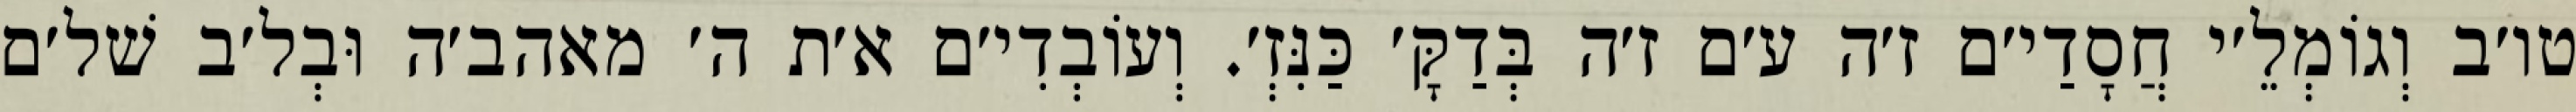
טו׳ב וְגוֹמְלֵ׳י חֲסָדַי׳ם ז׳ה ע׳ם ז׳ה בְּדַקָּ׳ כַּנִּזְ׳. וְעוֹבְדִי׳ם א׳ת ה׳ מאהב׳ה וּבְל׳ב שׁל׳ם